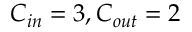
C _ { i n } = 3 , C _ { o u t } = 2